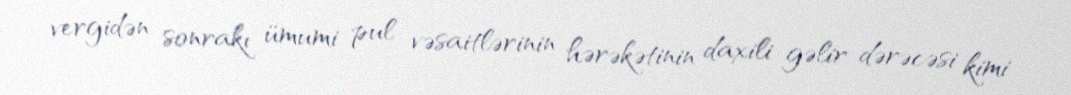
vergidən sonrakı ümumi pul vəsaitlərinin hərəkətinin daxili gəlir dərəcəsi kimi